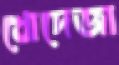
খোদেজা